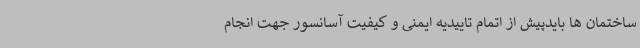
ساختمان ها بایدپیش از اتمام تاییدیه ایمنی و کیفیت آسانسور جهت انجام